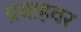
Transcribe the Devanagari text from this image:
प्रवाहवर